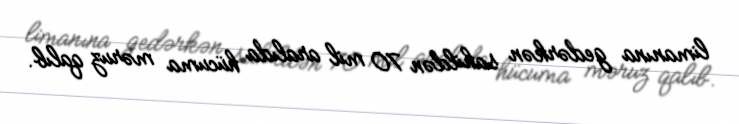
limanına gedərkən sahildən 70 mil aralıda hücuma məruz qalıb.